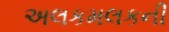
અલકમલકની